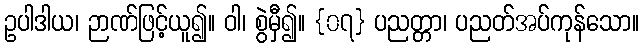
ဥပါဒါယ၊ ဉာဏ်ဖြင့်ယူ၍။ ဝါ၊ စွဲမှီ၍။ {၀၇} ပညတ္တာ၊ ပညတ်အပ်ကုန်သော။